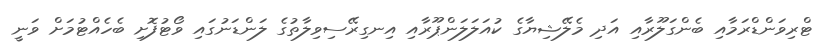
ޓްރިވަންޑްރަމާއި ބެންގަލޫރާއި އަދި މެލޭޝިޔާގެ ކުއަލަލަންޕޫރާއި އިނގިރޭސިވިލާތުގެ ލަންޑަނުގައި ވޯޓުފޮށި ބެހެއްޓުމަށް ވަނީ